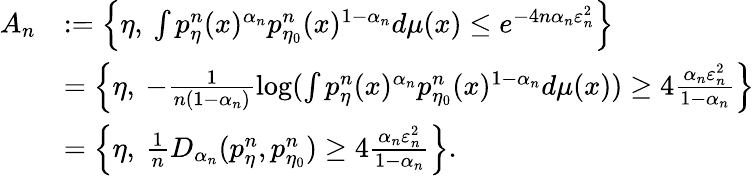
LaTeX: \begin{array}{rl}{A_{n}}&{:=\left\{ \eta,\: \int p_{\eta}^{n}(x)^{\alpha_{n}}p_{\eta_{0}}^{n}(x)^{1-\alpha_{n}}d\mu(x)\leq e^{-4n\alpha_{n}\varepsilon_{n}^{2}}\right\} }\\ &{=\left\{ \eta,\: -\frac{1}{n(1-\alpha_{n})}\log(\int p_{\eta}^{n}(x)^{\alpha_{n}}p_{\eta_{0}}^{n}(x)^{1-\alpha_{n}}d\mu(x))\geq 4\frac{\alpha_{n}\varepsilon_{n}^{2}}{1-\alpha_{n}}\right\} }\\ &{=\left\{ \eta,\: \frac{1}{n}D_{\alpha_{n}}(p_{\eta}^{n},p_{\eta_{0}}^{n})\geq 4\frac{\alpha_{n}\varepsilon_{n}^{2}}{1-\alpha_{n}}\right\} .}\end{array}